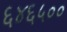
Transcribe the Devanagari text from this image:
६४६५००